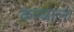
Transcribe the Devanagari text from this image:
कण्याला